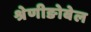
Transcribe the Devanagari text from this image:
श्रेणीङोबेल